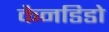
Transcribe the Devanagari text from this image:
कैनडिडो